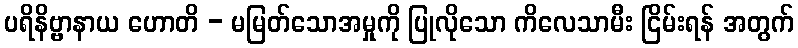
ပရိနိဗ္ဗာနာယ ဟောတိ - မမြတ်သောအမှုကို ပြုလိုသော ကိလေသာမီး ငြိမ်းရန် အတွက်